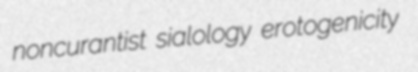
noncurantist sialology erotogenicity